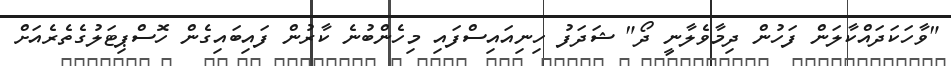
"ވާހަކަދައްކާލަން ފަހުން ދިމާވެލާނީ ދޯ" ޝަދަފު ހިނިއައިސްފައި މިހެންބުނެ ކާރުން ފައިބައިގެން ހޮސްޕިޓަލުގެތެރެއަށް